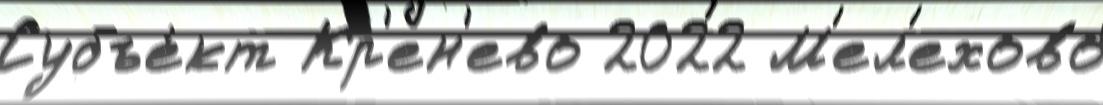
Субъе́кт Кр'ен'ево 2022 М'ел'ехово